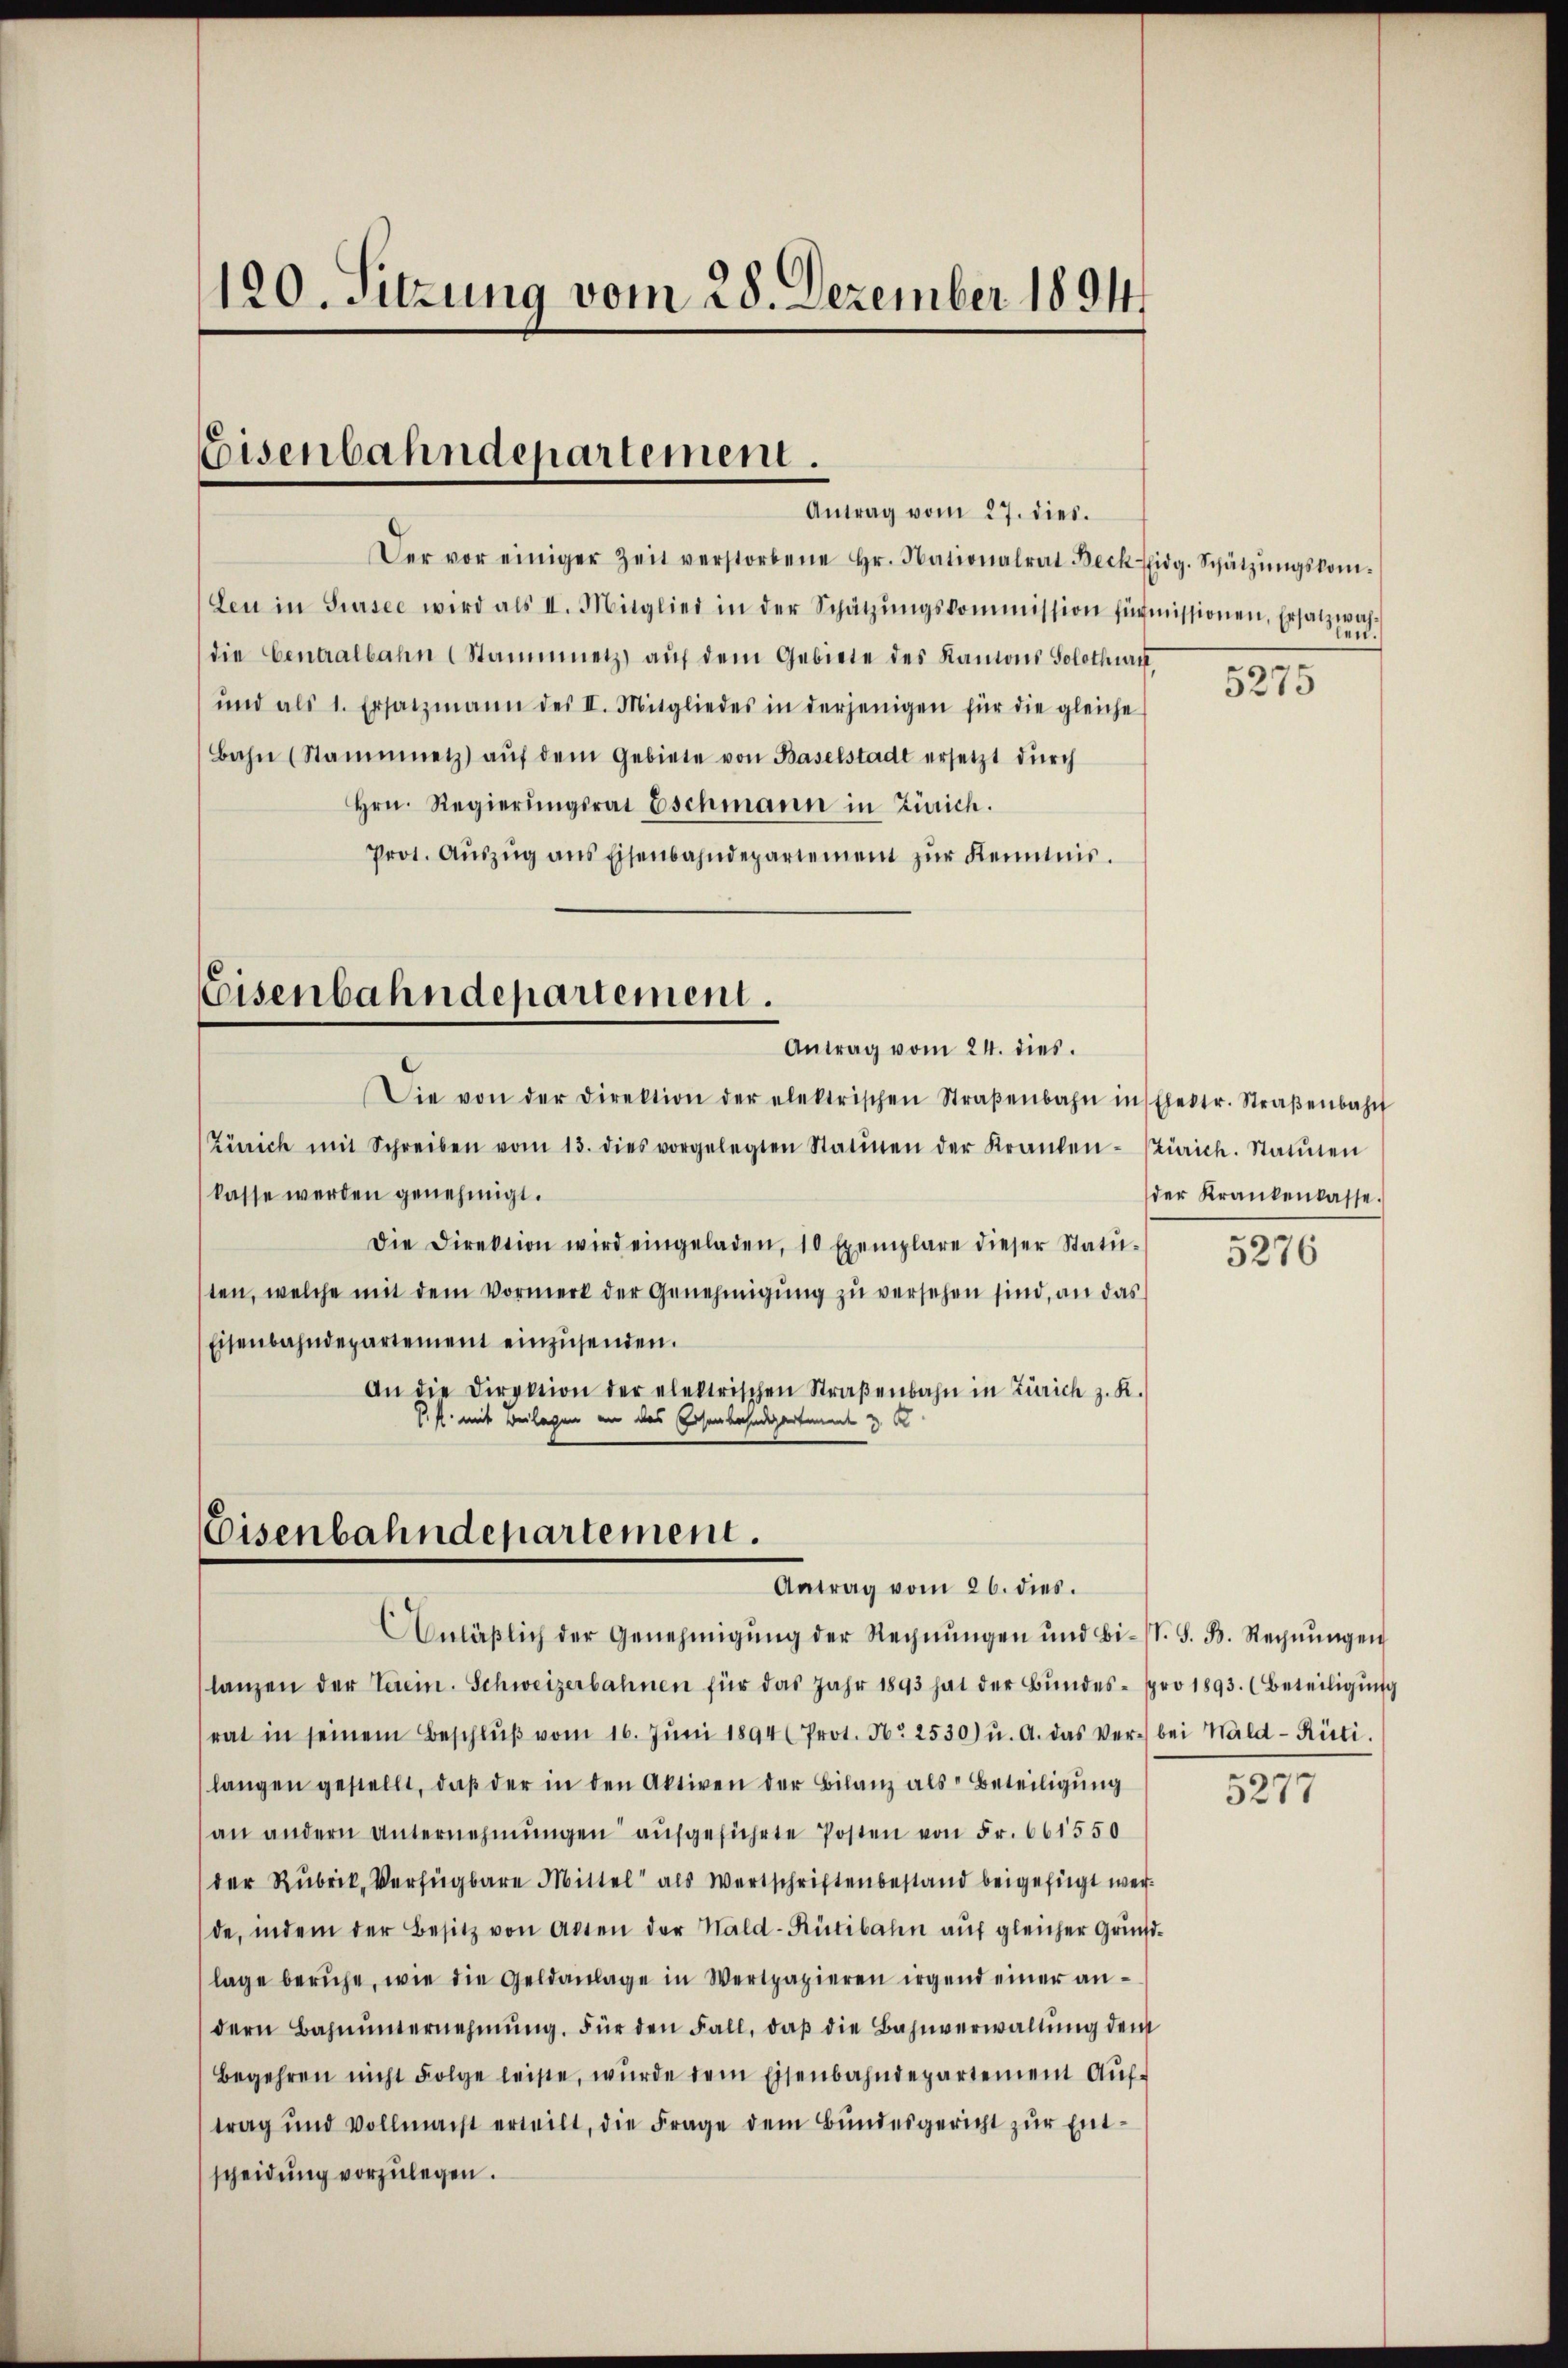
120. Sitzung vom 28. Dezember 1891.

Eisenbahndepartement.
Antrag vom 27. dies.

Der vor einiger Zeit verstorbene Hr. Nationalrat Beck Eidg. Schätzŭngskom-
Leu in Sursee wird als II. Mitglied in der Schätzŭngskommission firmissionen, Ersatzwah-
die Centralbahn (Staŭmmetz auf dem Gebiete des Kantons Solothurn,
ŭnd als 1. Ersatzmann des II. Mitgliedes in derjenigen für die gleiche
Bahn (Stammnetz aŭf dem Gebiete von Baselstadt ersetzt dŭrch
Hrn. Regierungsrat Eschmann in Zürich.
Prot. Aŭszŭg ans Eisenbahndepartement zŭr Kenntnis.
Eisenbahndepartement.
Antrag vom 24. dies
Die von der Direktion der elektrischen Straβenbahn insthetr. Straβenbahn
Zürich mit Schreiben vom 13. dies vorgelegten Statien der Kranken- (Zürich. Statten
kasse werden genehmigt.
Die Direktion wird eingeladen, 10 Exemplare dieser Statŭ-
ten, welche mit dem Vormerk der Genehmigung zu versehen sind, an das
Eisenbahndepartement einzŭsenden.
An die Direktion der elektrischen Straβenbahn in Zürich z. R.
V. P. mit Beilagen an das Eisenbahndepartient & K

Eisenbahndepartement.
Antrag vom 26. dies

Anläβlich der Genehmigŭng der Rechnŭngen und Bi-S. S. B. Rechnŭngen
lanzen der Verein. Schweizerbahnen für das Jahr 1893 hat der Bŭndes- pro 1893. (Beteiligŭng
rat in seinem Beschlŭβ vom 16. Jŭni 1894 (Prot. N. 2530) u. A. das Ver- bei Wald–Rüti.
langen gestellt, daβ der in den Aktiven der Bilanz als Beteiligŭng
an andern Unternehmungen aufgeführte Posten von Fr. 661550
der Rubrik, Verfügbare Mittel als Wertschriftenbestand beigefügt werde, indem der Besitz von Acten der Wald-Rütibahn auf gleicher Grundlage beruhe, wie die Geldanlage in Wertpapieren irgend einer andern Bahnŭnternehmung. Für den Fall, daβ die Bahnverwaltŭng den
Begehren nicht Folge leiste, würde dem Eisenbahndepartement Aŭf-
trag und Vollmacht erteilt, die Frage dem Bundesgericht zur Entscheidŭng vorzŭlegen.

5275

der Krankenkasse.

5276

5277